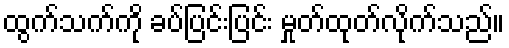
ထွက်သက်ကို ခပ်ပြင်းပြင်း မှုတ်ထုတ်လိုက်သည်။